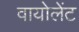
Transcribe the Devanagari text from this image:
वायोलेंट